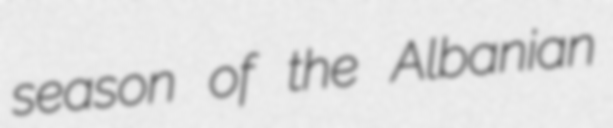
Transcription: season of the Albanian